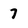
Character: 7